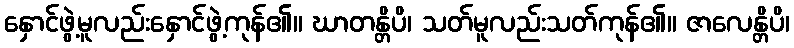
နှောင်ဖွဲ့မူလည်းနှောင်ဖွဲ့ကုန်၏။ ဃာတန္တိပိ၊ သတ်မူလည်းသတ်ကုန်၏။ ဇာလေန္တိပိ၊